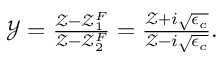
\begin{array} { r } { \mathcal { Y } = \frac { \mathcal { Z } - \mathcal { Z } _ { 1 } ^ { F } } { \mathcal { Z } - \mathcal { Z } _ { 2 } ^ { F } } = \frac { \mathcal { Z } + i \sqrt { \epsilon _ { c } } } { \mathcal { Z } - i \sqrt { \epsilon _ { c } } } . } \end{array}